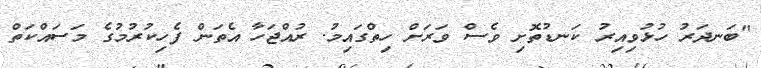
"ބަނދަރު ހުޅުވިއިރު ކަނޑުތޮށި ވެސް ވަރަށް ހިތްގައިމު. ރުއްޖަހާ އެތަން ފެހިކުރުމުގެ މަސައްކަތް